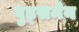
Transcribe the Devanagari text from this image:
वुड्समेन